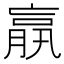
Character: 𦝠